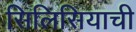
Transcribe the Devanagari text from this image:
सिलिसियाची